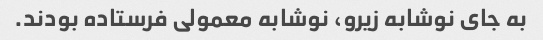
به جای نوشابه زیرو، نوشابه معمولی فرستاده بودند.